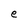
Character: e